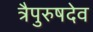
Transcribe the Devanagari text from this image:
त्रैपुरुषदेव